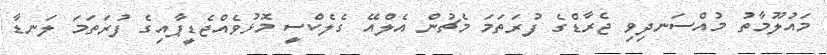
މައުލޫމާތު މުއްސަނދިވި ޖެރާޑްގެ ފުރަތަމަ މެޗުން އެލްއޭ ގެލެކްސީ މޮޅުވެއްޖެޑީޕާއިގެ ފުރަތަމަ ލަނޑާ